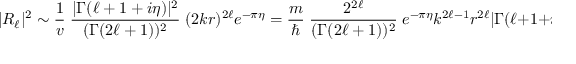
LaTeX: | R _ { \ell } | ^ { 2 } \sim { \frac { 1 } { v } } \; { \frac { | \Gamma ( \ell + 1 + i \eta ) | ^ { 2 } } { ( \Gamma ( 2 \ell + 1 ) ) ^ { 2 } } } \; ( 2 k r ) ^ { 2 \ell } e ^ { - \pi \eta } = { \frac { m } { \hbar } } \; { \frac { 2 ^ { 2 \ell } } { ( \Gamma ( 2 \ell + 1 ) ) ^ { 2 } } } \; e ^ { - \pi \eta } k ^ { 2 \ell - 1 } r ^ { 2 \ell } | \Gamma ( \ell + 1 + i \eta ) | ^ { 2 }